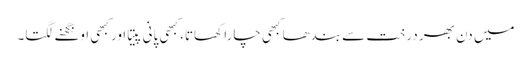
میں دن بھر درخت سے بندھا کبھی چارا کھاتا، کبھی پانی پیتا اور کبھی اونگھنے لگتا۔